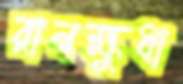
রানক্ষুধা